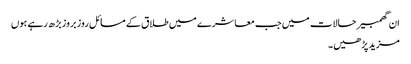
ان گھمبیر حالات میں جب معاشرے میں طلاق کے مسائل روز بروز بڑھ رہے ہوں
مزید پڑھیں۔